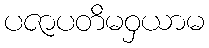
ပဇာပတိမဝှယာမ